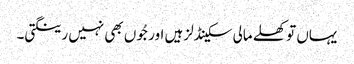
یہاں تو کھلے مالی سکینڈلز ہیں اور جُوں بھی نہیں رینگتی۔